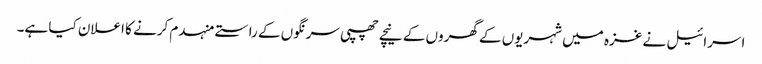
اسرائیل نے غزہ میں شہریوں کے گھروں کے نیچے چھپی سرنگوں کے راستے منہدم کرنے کا اعلان کیا ہے۔